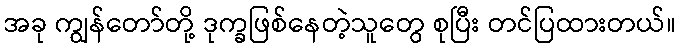
အခု ကျွန်တော်တို့ ဒုက္ခဖြစ်နေတဲ့သူတွေ စုပြီး တင်ပြထားတယ်။